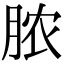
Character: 脓